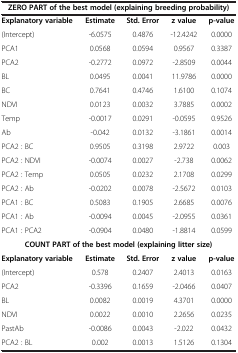
<table><thead><tr><td colspan="5"><b>ZERO PART of the best model (explaining breeding probability)</b></td></tr></thead><tbody><tr><td><b>Explanatory variable</b></td><td><b>Estimate</b></td><td><b>Std. Error</b></td><td><b>z value</b></td><td><b>p-value</b></td></tr><tr><td>(Intercept)</td><td>-6.0575</td><td>0.4876</td><td>-12.4242</td><td>0.0000</td></tr><tr><td>PCA1</td><td>0.0568</td><td>0.0594</td><td>0.9567</td><td>0.3387</td></tr><tr><td>PCA2</td><td>-0.2772</td><td>0.0972</td><td>-2.8509</td><td>0.0044</td></tr><tr><td>BL</td><td>0.0495</td><td>0.0041</td><td>11.9786</td><td>0.0000</td></tr><tr><td>BC</td><td>0.7641</td><td>0.4746</td><td>1.6100</td><td>0.1074</td></tr><tr><td>NDVI</td><td>0.0123</td><td>0.0032</td><td>3.7885</td><td>0.0002</td></tr><tr><td>Temp</td><td>-0.0017</td><td>0.0291</td><td>-0.0595</td><td>0.9526</td></tr><tr><td>Ab</td><td>-0.042</td><td>0.0132</td><td>-3.1861</td><td>0.0014</td></tr><tr><td>PCA2 : BC</td><td>0.9505</td><td>0.3198</td><td>2.9722</td><td>0.003</td></tr><tr><td>PCA2 : NDVI</td><td>-0.0074</td><td>0.0027</td><td>-2.738</td><td>0.0062</td></tr><tr><td>PCA2 : Temp</td><td>0.0505</td><td>0.0232</td><td>2.1708</td><td>0.0299</td></tr><tr><td>PCA2 : Ab</td><td>-0.0202</td><td>0.0078</td><td>-2.5672</td><td>0.0103</td></tr><tr><td>PCA1 : BC</td><td>0.5083</td><td>0.1905</td><td>2.6685</td><td>0.0076</td></tr><tr><td>PCA1 : Ab</td><td>-0.0094</td><td>0.0045</td><td>-2.0955</td><td>0.0361</td></tr><tr><td>PCA1 : PCA2</td><td>-0.0904</td><td>0.0480</td><td>-1.8814</td><td>0.0599</td></tr><tr><td colspan="5"><b>COUNT PART of the best model (explaining litter size)</b></td></tr><tr><td><b>Explanatory variable</b></td><td><b>Estimate</b></td><td><b>Std. Error</b></td><td><b>z value</b></td><td><b>p-value</b></td></tr><tr><td>(Intercept)</td><td>0.578</td><td>0.2407</td><td>2.4013</td><td>0.0163</td></tr><tr><td>PCA2</td><td>-0.3396</td><td>0.1659</td><td>-2.0466</td><td>0.0407</td></tr><tr><td>BL</td><td>0.0082</td><td>0.0019</td><td>4.3701</td><td>0.0000</td></tr><tr><td>NDVI</td><td>0.0022</td><td>0.0010</td><td>2.2656</td><td>0.0235</td></tr><tr><td>PastAb</td><td>-0.0086</td><td>0.0043</td><td>-2.022</td><td>0.0432</td></tr><tr><td>PCA2 : BL</td><td>0.002</td><td>0.0013</td><td>1.5126</td><td>0.1304</td></tr></tbody></table>